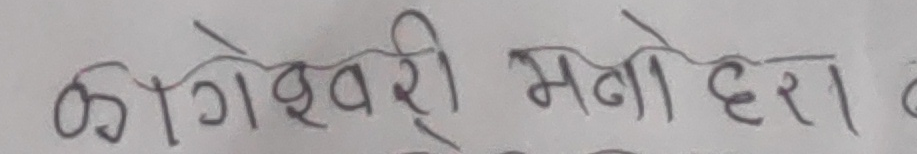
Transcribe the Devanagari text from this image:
कोगेश्वरी मोदेरा